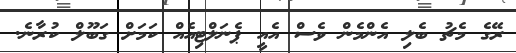
ރޭގެ މެޗު ބެލި އެންމެން ވެސް އެއީ ޕެނަލްޓިއެއް ކަމަށް ގަބޫލް ކުރާނެ.